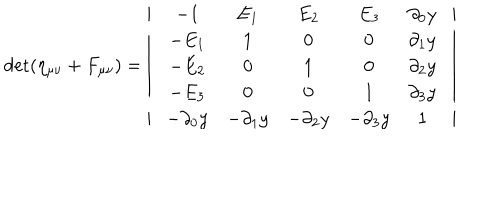
LaTeX: \det ( \eta _ { \mu \nu } + F _ { \mu \nu } ) = \left| \begin{array} { c } { { \begin{array} { c c } { { \begin{array} { c c c } { { \begin{array} { c c c c } { { \begin{array} { c c c c c } { { - 1 } } & { { E _ { 1 } } } & { { E _ { 2 } } } & { { E _ { 3 } } } & { { \partial _ { 0 } y } } \\ { { - E _ { 1 } } } & { { 1 } } & { { 0 } } & { { 0 } } & { { \partial _ { 1 } y } } \\ { { - E _ { 2 } } } & { { 0 } } & { { 1 } } & { { 0 } } & { { \partial _ { 2 } y } } \\ { { - E _ { 3 } } } & { { 0 } } & { { 0 } } & { { 1 } } & { { \partial _ { 3 } y } } \\ { { - \partial _ { 0 } y } } & { { - \partial _ { 1 } y } } & { { - \partial _ { 2 } y } } & { { - \partial _ { 3 } y } } & { { 1 } } \\ \end{array} } } \\ \end{array} } } \\ \end{array} } } \\ \end{array} } } \\ \end{array} \right|